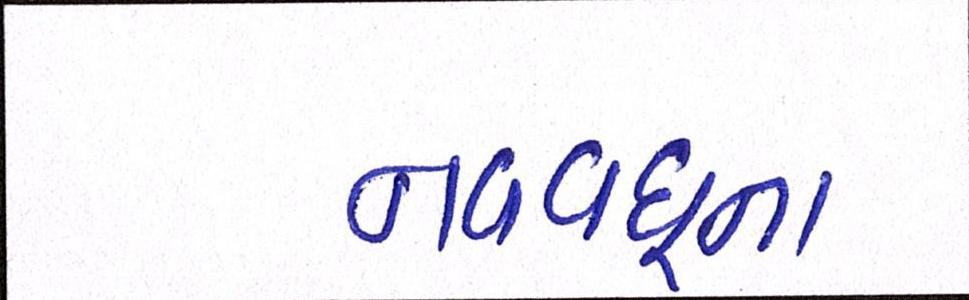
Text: નવવધૂના